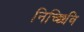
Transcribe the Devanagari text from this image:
निच्छिवि